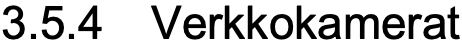
3.5.4 Verkkokamerat